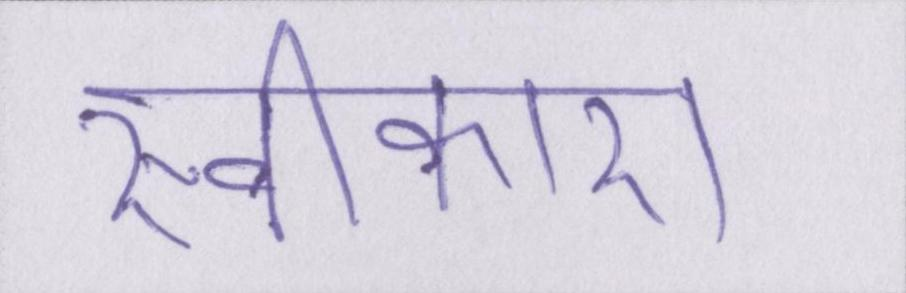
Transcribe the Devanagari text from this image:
स्वीकारा